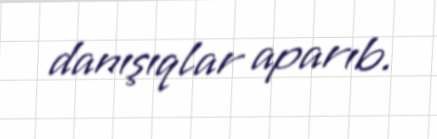
danışıqlar aparıb.